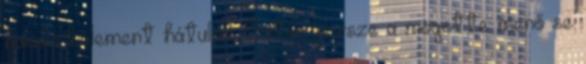
haladó belement hátulról. Aztán persze a mögötte menő se